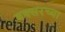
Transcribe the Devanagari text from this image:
बक्सरच्या